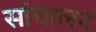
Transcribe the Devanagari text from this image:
सांचालन